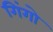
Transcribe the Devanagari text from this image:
गिंगो